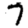
Digit: 7